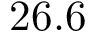
2 6 . 6